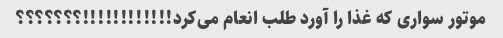
موتور سواری که غذا را آورد طلب انعام می‌کرد!!!!!!!!!!!!؟؟؟؟؟؟؟